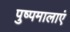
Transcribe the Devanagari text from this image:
पुष्पमालाएं